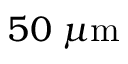
5 0 \; \mu \mathrm { m }